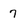
Character: 7